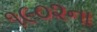
૧૯૦૨ના